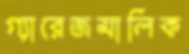
গ্যারেজমালিক